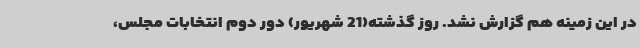
در این زمینه هم گزارش نشد. روز گذشته(21 شهریور) دور دوم انتخابات مجلس،